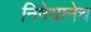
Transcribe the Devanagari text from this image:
निषेधानेच